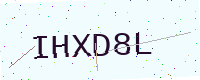
Text: IHXD8L